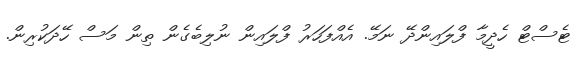
ޓެސްޓް ހެދީމާ ފްލައިންދޭ ނަމޭ. އެއްފަހަރު ފްލައިން ނުލިބެގެން ތިން މަސް ހޭދަކުރިން.